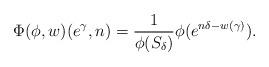
LaTeX: \begin{align*}\Phi(\phi,w)(e^{\gamma},n)=\frac{1}{\phi(S_{\delta})}\phi(e^{n\delta-w(\gamma)}).\end{align*}